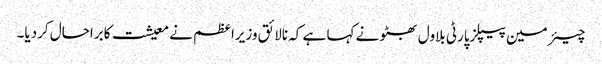
چیئرمین پیپلزپارٹی بلاول بھٹو نے کہا ہے کہ نالائق وزیراعظم نے معیشت کابراحال کردیا۔